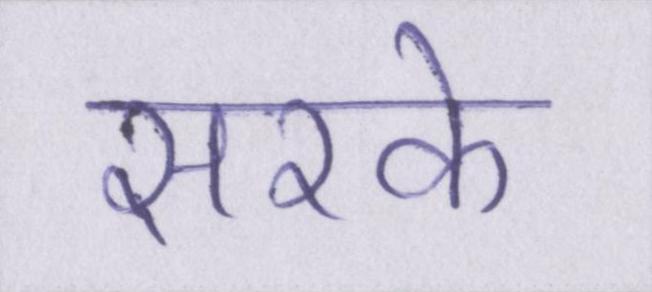
सरके